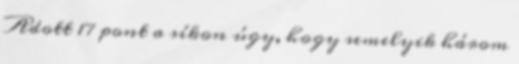
Adott 17 pont a síkon úgy, hogy semelyik három